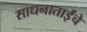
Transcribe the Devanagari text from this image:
साधनाताईंचे